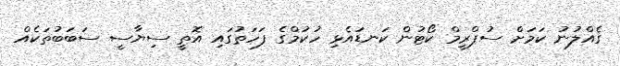
ގެއްލުނު ކަމަށް ސުޕްރީމް ކޯޓުން ކަނޑައެޅި ހުކުމްގެ ފަހަތުގައި އޮތީ ސިޔާސީ ސަބަބުތަކެއް